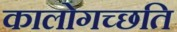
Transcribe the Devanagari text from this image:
कालोगच्छति